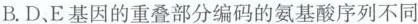
B.D、E基因的重叠部分编码的氨基酸序列不同